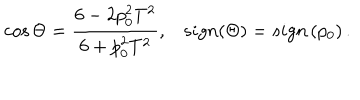
LaTeX: \cos \Theta = \frac { 6 - 2 p _ { 0 } ^ { 2 } T ^ { 2 } } { 6 + p _ { 0 } ^ { 2 } T ^ { 2 } } , s i g n ( \Theta ) = s i g n \left( p _ { 0 } \right) .